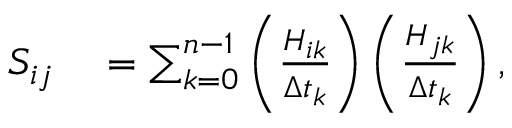
\begin{array} { r l } { S _ { i j } } & { { } = \sum _ { k = 0 } ^ { n - 1 } \left( \frac { H _ { i k } } { \Delta t _ { k } } \right) \left( \frac { H _ { j k } } { \Delta t _ { k } } \right) , } \end{array}